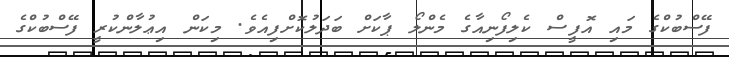
ފޭސްބުކްގެ މައި އޮފީސް ކެލިފޯނިއާގެ މެންލޯ ޕާކަށް ބަދަލުކޮށްފިއެވެ. މިކަން އިޢުލާންކުރީ ފޭސްބުކްގެ